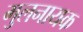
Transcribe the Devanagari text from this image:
मुलनायक